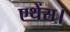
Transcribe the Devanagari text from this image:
एथेंस।